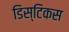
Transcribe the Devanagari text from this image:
डिस्टिकस